Report on the Nagpur School of Medicine, Central Provinces
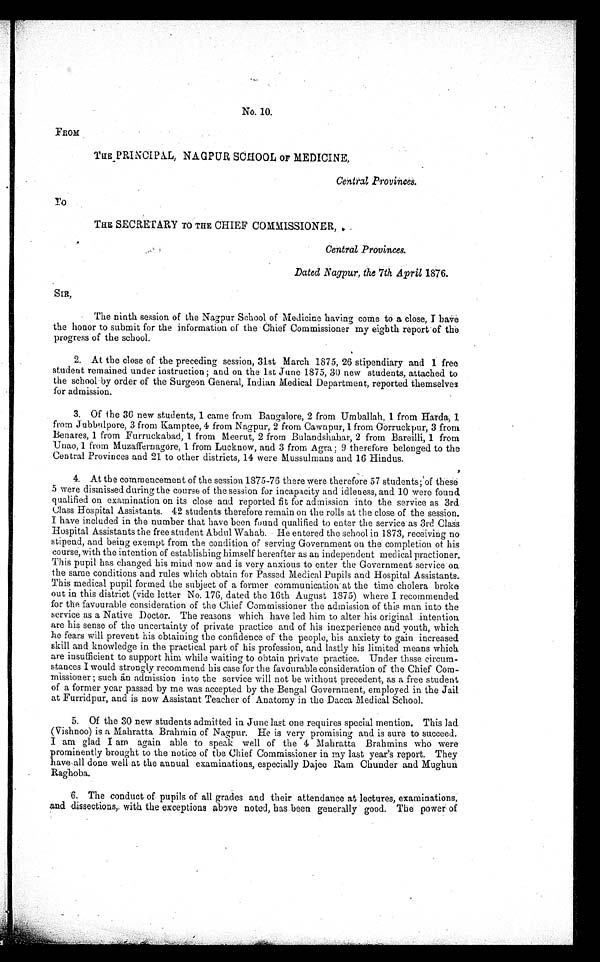
FROM
To
No. 10.
THE PRINCIPAL, NAGPUR SCHOOL OF MEDICINE,
Central Provinces.
THE SECRETARY TO THE CHIEF COMMISSIONER,
Central Provinces.
Dated Nagpur, the 7th April 1876.
The ninth session of the Nagpur School of Medicine having come to a close, I have
the honor to submit for the information of the Chief Commissioner my eighth report of the
progress of the school.
2. At the close of the preceding session, 31st March 1875, 26 stipendiary and 1 free
student remained under instruction ; and on the 1st June 1875, 30 new students, attached to
the school by order of the Surgeon General, Indian Medical Department, reported themselves
for admission.
3. Of the 36 new students, 1 came from Bangalore, 2 from Umballah, 1 from Harda, 1
from Jubbulpore, 3 from Kamptee, 4 from Nagpur, 2 from Cawnpur, 1 from Gorruckpur, 3 from
Benares, 1 from Furruckabad, 1 from Meerut, 2 from Bulandshahar, 2 from Bareilli, 1 from
Unao, 1 from Muzaffernagore, 1 from Lucknow, and 3 from Agra ; 9 therefore belonged to the
Central Provinces and 21 to other districts, 14 were Mussulmans and 16 Hindus.
4. At the commencement of the session 1875-76 there were therefore 57 students; of these
5 were dismissed during the course of the session for incapacity and idleness, and 10 were found
qualified on examination on its close and reported fit for admission into the service as 3rd
Class Hospital Assistants. 42 students therefore remain on the rolls at the close of the session.
I have included in the number that have been found qualified to enter the service as 3rd Class
Hospital Assistants the free student Abdul Wahab. He entered the school in 1873, receiving no
stipend, and being exempt from the condition of serving Government on the completion of his
course, with the intention of establishing himself hereafter as an independent medical practioner.
This pupil has changed his mind now and is very anxious to enter the Government service on
the same conditions and rules which obtain for Passed Medical Pupils and Hospital Assistants.
This medical pupil formed the subject of a former communication at the time cholera broke
out in this district (vide letter No. 176, dated the 16th August 1875) where I recommended
for the favourable consideration of the Chief Commissioner the admission of this man into the
service as a Native Doctor. The reasons which have led him to alter his ori ginal intention
are his sense of the uncertainty of private practice and of his inexperience and youth, which
he fears will prevent his obtaining the confidence of the people, his anxiety to gain increased
skill and knowledge in the practical part of his profession, and lastly his limited means which
are insufficient to support him while waiting to obtain private practice. Under thsse circum-
stances I would strongly recommend his case for the favourable consideration of the Chief Com-
missioner. ; such an admission into the service will not be without precedent, as a free student
of a former year passed by me was accepted by the Bengal Government, employed in the Jail
at Furridpur, and is now Assistant Teacher of Anatomy in the Dacca Medical School.
5. Of the 30 new students admitted in June last one requires special mention. This lad
(Vishnoo) is a Mahratta Brahmin of Nagpur. He is very promising and is sure to succeed.
I -am glad I am again able to speak well of the 4 Mahratta Brahmins who were
prominently brought to the notice of the Chief Commissioner in my last year's report. They
have-all done well at the annual examinations, especially Dajee Ram Chunder and Mughun
Raghoba.
6.. The conduct of pupils of all grades and their attendance at lectures, examination,
and dissections, with the exceptions above noted, has been generally good. The power of